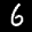
Label: 6